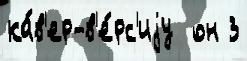
ка́в'ер-в'е́рс'иjу  он 3